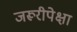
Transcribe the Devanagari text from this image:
जरूरीपेक्षा